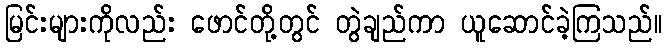
မြင်းများကိုလည်း ဖောင်တို့တွင် တွဲချည်ကာ ယူဆောင်ခဲ့ကြသည်။